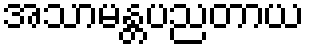
အသာမန္တပညတာယ